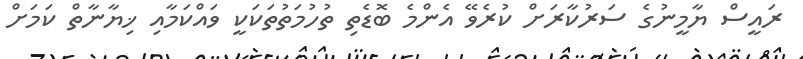
ރައީސް ޔާމީނުގެ ސަރުކާރަށް ކުރެވޭ އެންމެ ބޮޑެތި ތުހުމަތުތަކަކީ ވައްކަމާއި ޚިޔާނާތް ކަމަށް